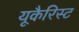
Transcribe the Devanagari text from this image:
यूकैरिस्ट